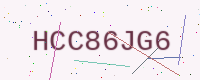
Text: HCC86JG6